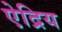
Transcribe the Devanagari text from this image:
ऐद्रिय